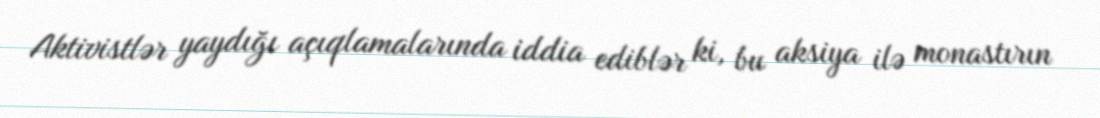
Aktivistlər yaydığı açıqlamalarında iddia ediblər ki, bu aksiya ilə monastırın